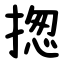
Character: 揔